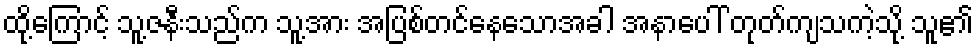
ထို့ကြောင့် သူ့ဇနီးသည်က သူ့အား အပြစ်တင်နေသောအခါ အနာပေါ် တုတ်ကျသကဲ့သို့ သူ၏